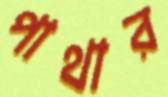
পাথার